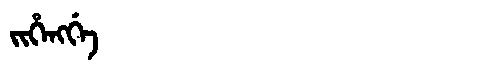
Manchu: ᠵᡳᡥᡝᠩᡤᡝ
Romanization: JIHENGGE